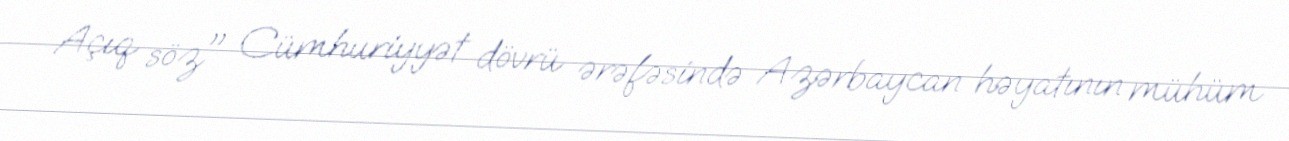
Açıq söz" Cümhuriyyət dövrü ərəfəsində Azərbaycan həyatının mühüm